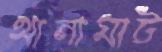
থানাঘাট